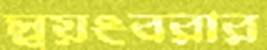
স্বয়ংবরার